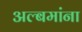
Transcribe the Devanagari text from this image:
अल्बमांना